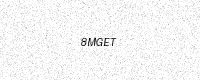
Text: 8MGET